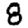
Digit: 8